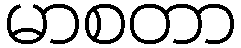
မာစတာ